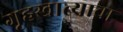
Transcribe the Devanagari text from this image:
गृहखात्याचा